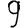
Digit: 9